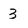
Character: 3